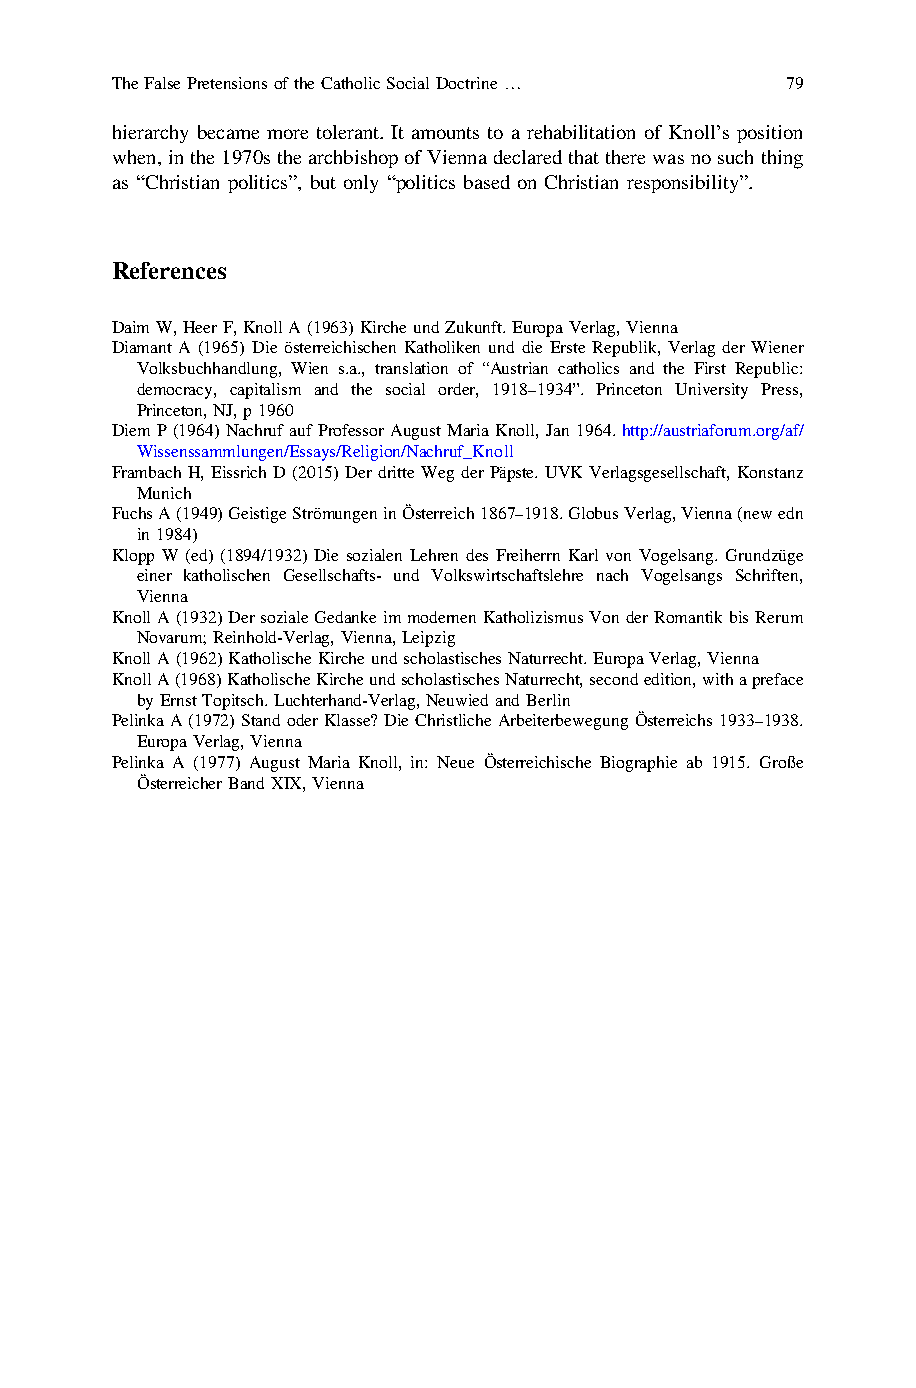
TheFalsePretensionsoftheCatholicSocialDoctrine… 79
 hierarchy became more tolerant. It amounts to a rehabilitation of Knoll’s position
 when,inthe1970sthearchbishopofViennadeclaredthattherewasnosuchthing
 as “Christian politics”, but only “politics based on Christian responsibility”.
 References
 DaimW,HeerF,KnollA(1963)KircheundZukunft.EuropaVerlag,Vienna
 Diamant A (1965) Die österreichischen Katholiken und die Erste Republik, Verlag der Wiener
 Volksbuchhandlung, Wien s.a., translation of “Austrian catholics and the First Republic:
 democracy, capitalism and the social order, 1918–1934”. Princeton University Press,
 Princeton,NJ,p1960
 Diem P (1964) Nachruf auf Professor August Maria Knoll, Jan 1964. http://austriaforum.org/af/
 Wissenssammlungen/Essays/Religion/Nachruf_Knoll
 Frambach H, Eissrich D(2015) Der dritte Weg der Päpste. UVK Verlagsgesellschaft, Konstanz
 Munich
 FuchsA(1949)GeistigeStrömungeninÖsterreich1867–1918.GlobusVerlag,Vienna(newedn
 in1984)
 Klopp W (ed) (1894/1932) Die sozialen Lehren des Freiherrn Karl von Vogelsang. Grundzüge
 einer katholischen Gesellschafts- und Volkswirtschaftslehre nach Vogelsangs Schriften,
 Vienna
 KnollA(1932)DersozialeGedankeimmodernenKatholizismusVonderRomantikbisRerum
 Novarum;Reinhold-Verlag,Vienna,Leipzig
 KnollA(1962)KatholischeKircheundscholastischesNaturrecht.EuropaVerlag,Vienna
 KnollA(1968)KatholischeKircheundscholastischesNaturrecht,secondedition,withapreface
 byErnstTopitsch.Luchterhand-Verlag,NeuwiedandBerlin
 PelinkaA(1972)StandoderKlasse?DieChristlicheArbeiterbewegungÖsterreichs1933–1938.
 EuropaVerlag,Vienna
 Pelinka A (1977) August Maria Knoll, in: Neue Österreichische Biographie ab 1915. Große
 ÖsterreicherBandXIX,Vienna